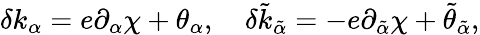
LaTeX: \delta k_{\alpha}=e\partial_{\alpha}\chi+\theta_{\alpha},\ \ \ \ \delta\tilde{k}_{\tilde{\alpha}}=-e\partial_{\tilde{\alpha}}\chi+\tilde{\theta}_{\tilde{\alpha}},